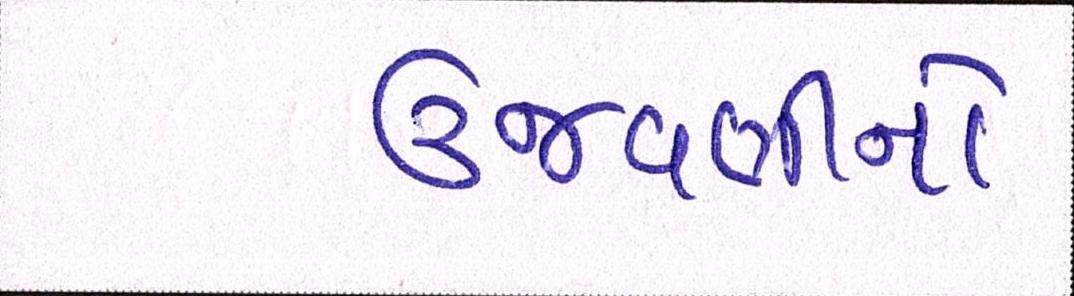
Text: ઉજવણીનો